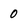
Character: 0